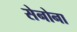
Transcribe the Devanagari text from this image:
सेनोना